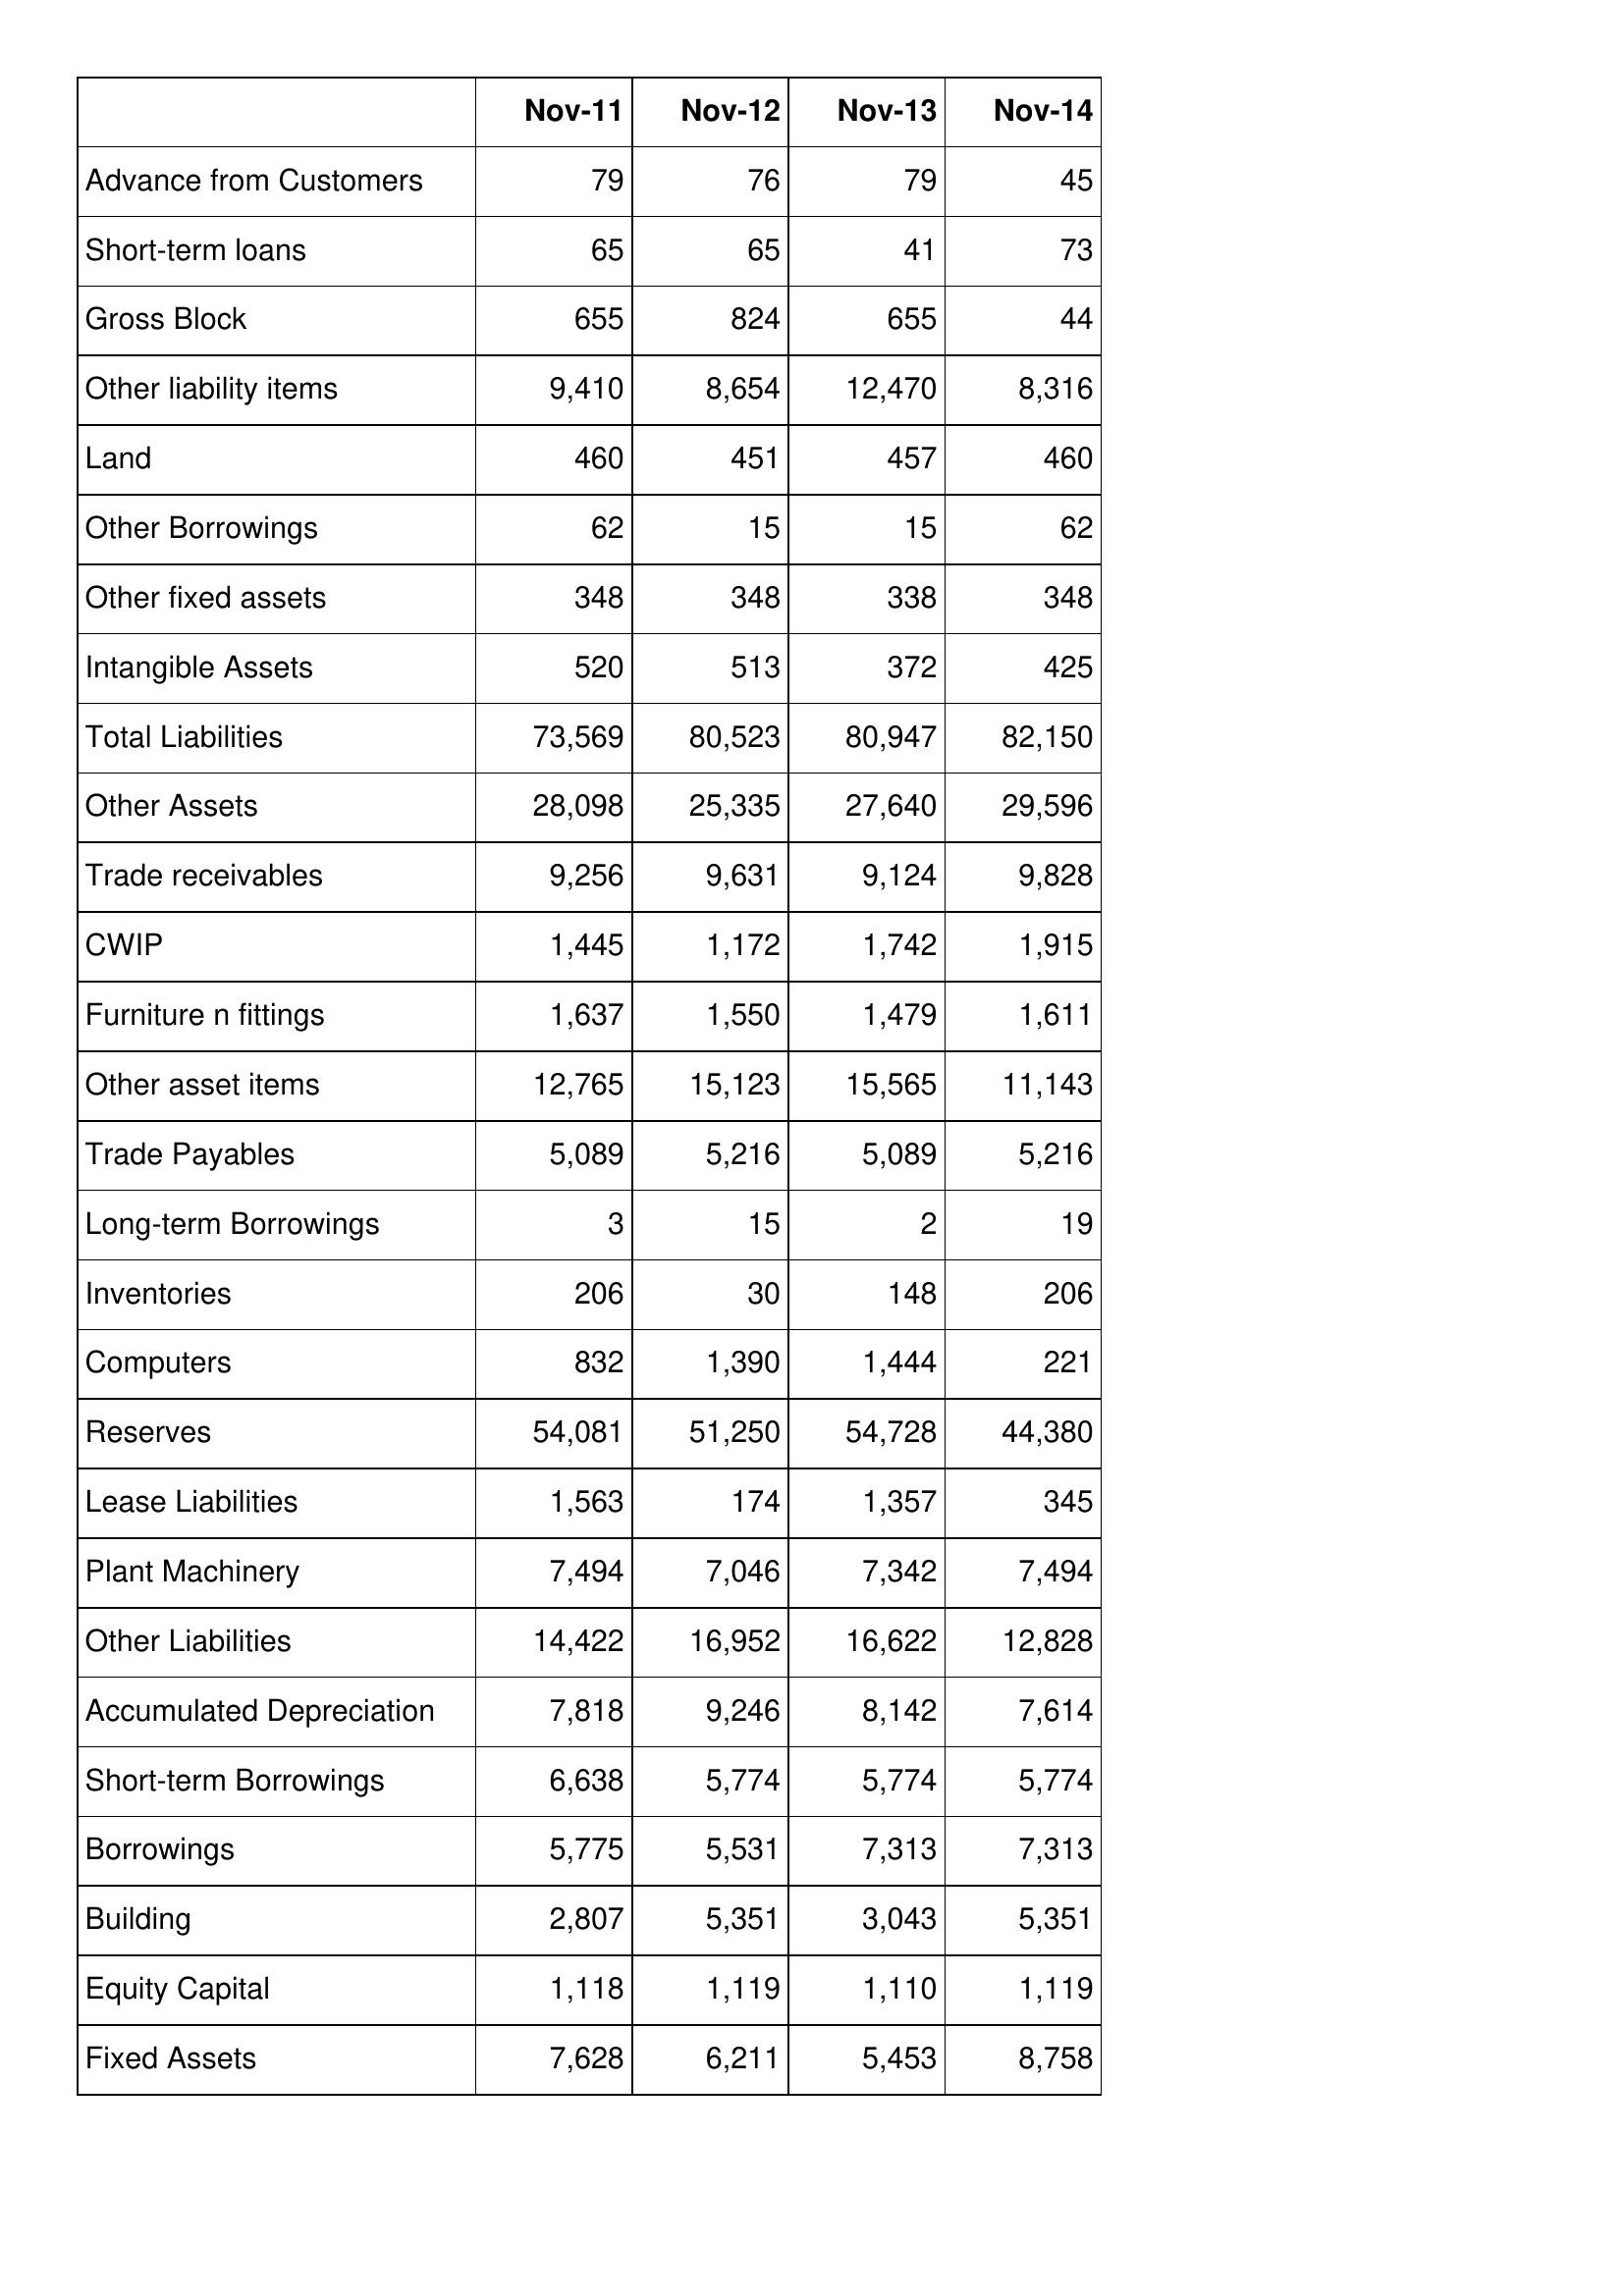
Nov-11: Balance Sheet: Advance from Customers: 79
Short-term loans: 65
Gross Block: 655
Other liability items: 9,410
Land: 460
Other Borrowings: 62
Other fixed assets: 348
Intangible Assets: 520
Total Liabilities: 73,569
Other Assets: 28,098
Trade receivables: 9,256
CWIP: 1,445
Furniture n fittings: 1,637
Other asset items: 12,765
Trade Payables: 5,089
Long-term Borrowings: 3
Inventories: 206
Computers: 832
Reserves: 54,081
Lease Liabilities: 1,563
Plant Machinery: 7,494
Other Liabilities: 14,422
Accumulated Depreciation: 7,818
Short-term Borrowings: 6,638
Borrowings: 5,775
Building: 2,807
Equity Capital: 1,118
Fixed Assets: 7,628
Nov-12: Balance Sheet: Advance from Customers: 76
Short-term loans: 65
Gross Block: 824
Other liability items: 8,654
Land: 451
Other Borrowings: 15
Other fixed assets: 348
Intangible Assets: 513
Total Liabilities: 80,523
Other Assets: 25,335
Trade receivables: 9,631
CWIP: 1,172
Furniture n fittings: 1,550
Other asset items: 15,123
Trade Payables: 5,216
Long-term Borrowings: 15
Inventories: 30
Computers: 1,390
Reserves: 51,250
Lease Liabilities: 174
Plant Machinery: 7,046
Other Liabilities: 16,952
Accumulated Depreciation: 9,246
Short-term Borrowings: 5,774
Borrowings: 5,531
Building: 5,351
Equity Capital: 1,119
Fixed Assets: 6,211
Nov-13: Balance Sheet: Advance from Customers: 79
Short-term loans: 41
Gross Block: 655
Other liability items: 12,470
Land: 457
Other Borrowings: 15
Other fixed assets: 338
Intangible Assets: 372
Total Liabilities: 80,947
Other Assets: 27,640
Trade receivables: 9,124
CWIP: 1,742
Furniture n fittings: 1,479
Other asset items: 15,565
Trade Payables: 5,089
Long-term Borrowings: 2
Inventories: 148
Computers: 1,444
Reserves: 54,728
Lease Liabilities: 1,357
Plant Machinery: 7,342
Other Liabilities: 16,622
Accumulated Depreciation: 8,142
Short-term Borrowings: 5,774
Borrowings: 7,313
Building: 3,043
Equity Capital: 1,110
Fixed Assets: 5,453
Nov-14: Balance Sheet: Advance from Customers: 45
Short-term loans: 73
Gross Block: 44
Other liability items: 8,316
Land: 460
Other Borrowings: 62
Other fixed assets: 348
Intangible Assets: 425
Total Liabilities: 82,150
Other Assets: 29,596
Trade receivables: 9,828
CWIP: 1,915
Furniture n fittings: 1,611
Other asset items: 11,143
Trade Payables: 5,216
Long-term Borrowings: 19
Inventories: 206
Computers: 221
Reserves: 44,380
Lease Liabilities: 345
Plant Machinery: 7,494
Other Liabilities: 12,828
Accumulated Depreciation: 7,614
Short-term Borrowings: 5,774
Borrowings: 7,313
Building: 5,351
Equity Capital: 1,119
Fixed Assets: 8,758